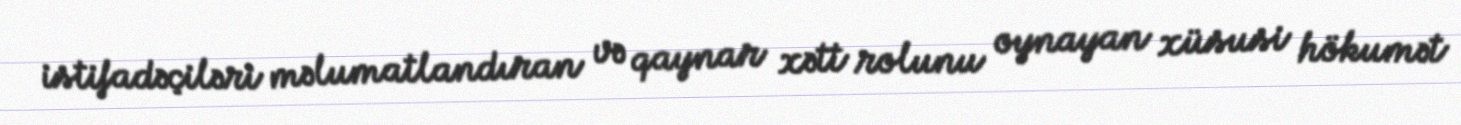
istifadəçiləri məlumatlandıran və qaynar xətt rolunu oynayan xüsusi hökumət